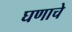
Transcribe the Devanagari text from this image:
घणाचे